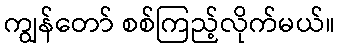
ကျွန်တော် စစ်ကြည့်လိုက်မယ်။